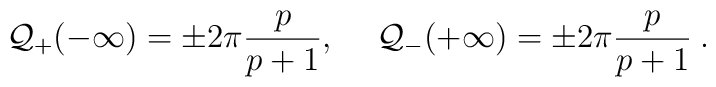
{\cal Q}_{+}(-\infty )=\pm 2\pi \frac{p}{p+1},\quad \: {\cal Q}_{-}(+\infty )=\pm 2\pi \frac{p}{p+1}\: .